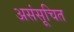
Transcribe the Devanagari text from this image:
असंसूचित